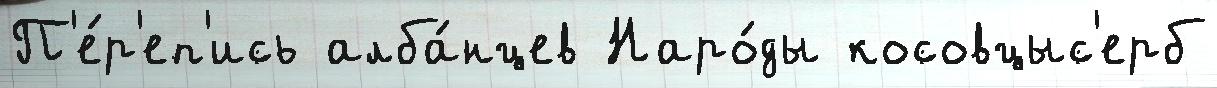
П'е́р'еп'ись алба́нцев Наро́ды косовцыс'ерб